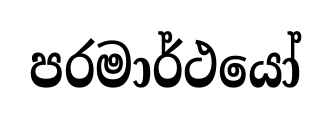
පරමාර්ථයෝ